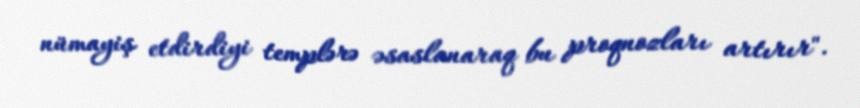
nümayiş etdirdiyi templərə əsaslanaraq bu proqnozları artırır".